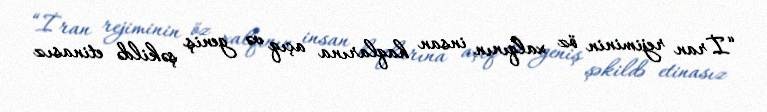
“İran rejiminin öz xalqının insan haqlarına açıq və geniş şəkildə etinasız